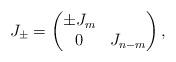
LaTeX: \begin{align*} J_{\pm} = \left( \begin{matrix} \pm J_m & \\ 0 & J_{n-m} \end{matrix} \right),\end{align*}